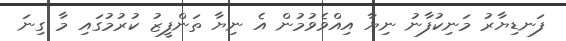
ފަނޑިޔާރު މަނިކުފާނު ނިޔާ އިއްވެވުމުން އެ ނިޔާ ތަންފީޒު ކުރުމުގައި މާ ގިނަ